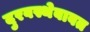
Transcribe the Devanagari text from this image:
दुरवस्थेबाबत